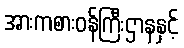
အားကစားဝန်ကြီးဌာနနှင့်